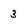
Character: 3